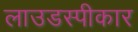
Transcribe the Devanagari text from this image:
लाउडस्पीकार